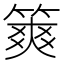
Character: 𥱶